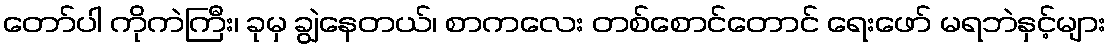
တော်ပါ ကိုကဲကြီး၊ ခုမှ ချွဲနေတယ်၊ စာကလေး တစ်စောင်တောင် ရေးဖော် မရဘဲနှင့်များ